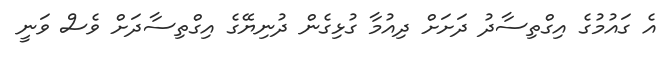
އެ ގައުމުގެ އިގްތިސާދު ދަށަށް ދިއުމާ ގުޅިގެން ދުނިޔޭގެ އިގްތިސާދަށް ވެސް ވަނީ